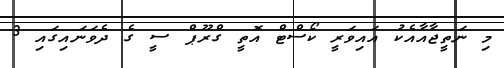
މި ނަތީޖާއާއެކު އައިވަރީ ކޯސްޓް އޮތީ ގްރޫޕް ސީ ގެ ދެވަނައިގައި 3